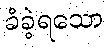
ခံခဲ့ရသော